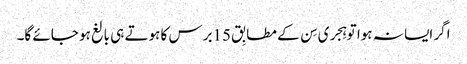
اگر ایسا نہ ہوا تو ہِجری سِن کے مطابِق 15برس کا ہوتے ہی بالغ ہو جائے گا۔